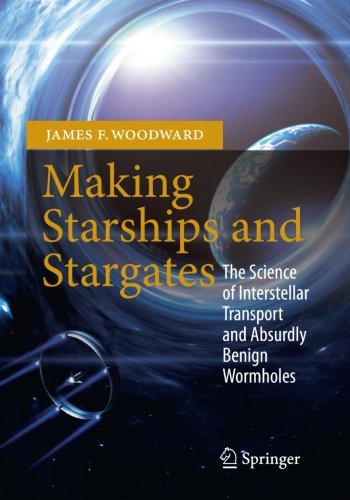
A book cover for Making Starships and Stargates: The Science of Interstellar Transport and Absurdly Benign Wormholes (Springer Praxis Books); James F. Woodward; Science & Math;